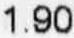
1.90